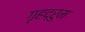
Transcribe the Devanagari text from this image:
गृहद्रुम